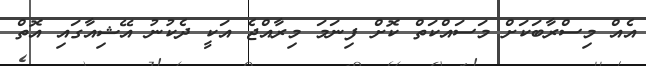
އެއް މިސްރާބަކަށް މަސަައްކަތް ކޮށް ފިނަމަ މިރާއްޖެ އަކީ ދެކުނު އޭޝިއާގައި އޮތް